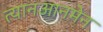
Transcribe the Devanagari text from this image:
त्यानआनमेन